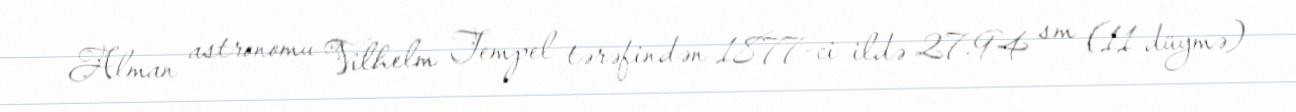
Alman astronomu Vilhelm Tempel tərəfindən 1877-ci ildə 27.94 sm (11 düymə)